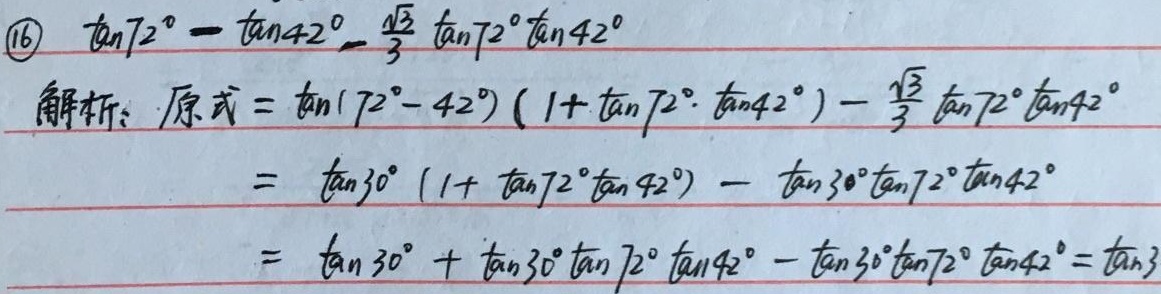
\(\textcircled{16}\)
\[
\begin{align*}
&\tan72^{\circ}-\tan42^{\circ}-\frac{\sqrt{3}}{3}\tan72^{\circ}\tan42^{\circ}\\
\end{align*}
\]
解析：原式 \(=\tan(72^{\circ}- 42^{\circ})(1 + \tan72^{\circ}\cdot\tan42^{\circ})-\frac{\sqrt{3}}{3}\tan72^{\circ}\tan42^{\circ}\)
\[
\begin{align*}
&=\tan30^{\circ}(1 + \tan72^{\circ}\tan42^{\circ})-\tan30^{\circ}\tan72^{\circ}\tan42^{\circ}\\
&=\tan30^{\circ}+\tan30^{\circ}\tan72^{\circ}\tan42^{\circ}-\tan30^{\circ}\tan72^{\circ}\tan42^{\circ}\\
&=\tan30^{\circ}
\end{align*}
\]